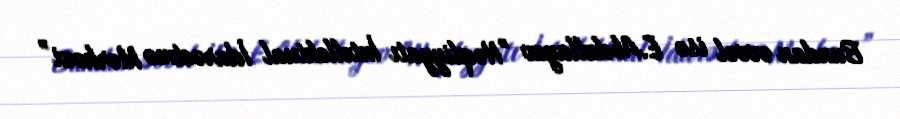
Bundan əvvəl isə E.Abdullayev "Nəqliyyatı İntellektual İdarəetmə Mərkəzi”